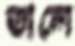
তালে